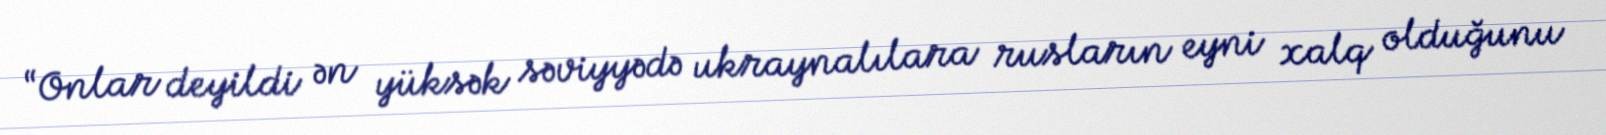
“Onlar deyildi ən yüksək səviyyədə ukraynalılara rusların eyni xalq olduğunu